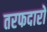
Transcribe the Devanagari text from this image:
तरफदारों